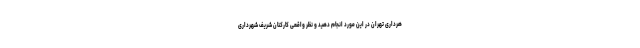
هرداری تهران در این مورد انجام دهید و نظر واقعی کارکنان شریف شهرداری